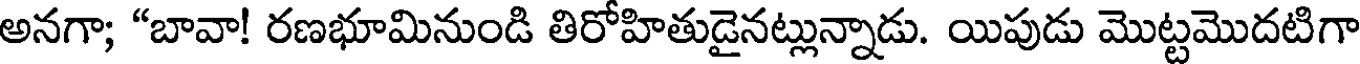
అనగా; "బావా! రణభూమినుండి తిరోహితుడైనట్లున్నాడు. యిపుడు మొట్టమొదటిగా